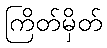
ကြိတ်မှိတ်